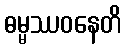
ဓမ္မဿဝနေတိ